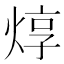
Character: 焞